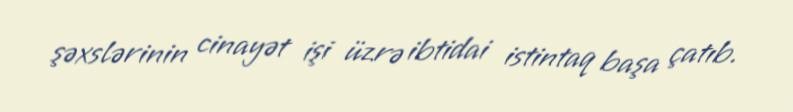
şəxslərinin cinayət işi üzrə ibtidai istintaq başa çatıb.